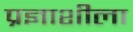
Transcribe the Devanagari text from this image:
प्रज्ञाशीला